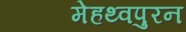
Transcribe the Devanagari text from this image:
मेहथ्वपुरन